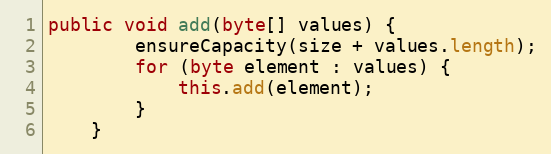
Language: Java
public void add(byte[] values) {
        ensureCapacity(size + values.length);
        for (byte element : values) {
            this.add(element);
        }
    }